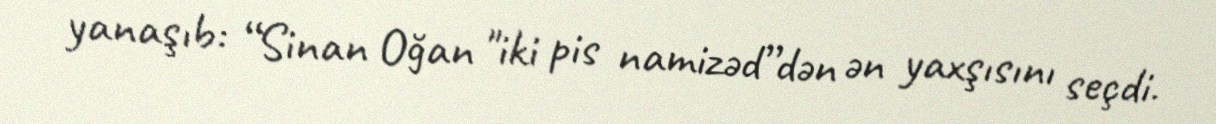
yanaşıb: “Sinan Oğan "iki pis namizəd”dən ən yaxşısını seçdi.